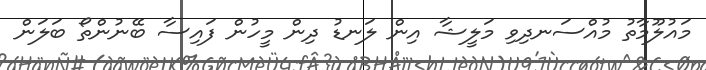
މައުލޫމާތު މުއްސަނދިވި މަލީޝާ އިން ލަނޑު ދިން މީހުން ފައިސާ ބޭނުންތޯ ބަލަން